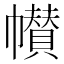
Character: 𱜺